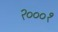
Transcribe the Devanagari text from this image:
२०००१